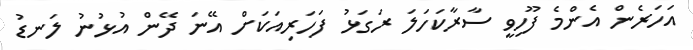
އަހަރެން އެންމެ ފޫހިވީ ސާރާކަހަލަ ރަގަޅު ފަހަރިއަކަށް އޭނަ ދޭން އުޅުނު ލަނޑު